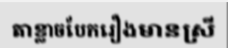
តាខ្លាចបែករឿងមានស្រី